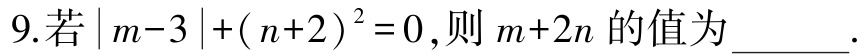
9.若$\vert m - 3\vert+(n + 2)^{2}=0$,则$m + 2n$的值为______.